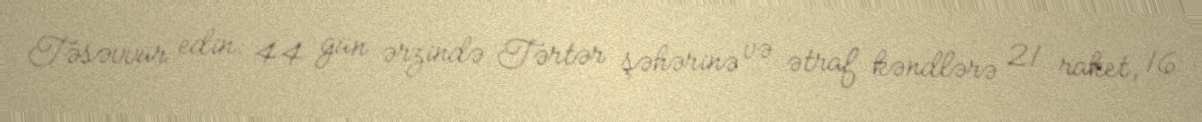
Təsəvvür edin: 44 gün ərzində Tərtər şəhərinə və ətraf kəndlərə 21 raket, 16